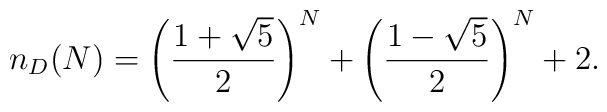
n_D(N)=\left(\frac{1+\sqrt 5}{2}\right)^N +\left(\frac{1-\sqrt 5}{2}\right)^N+2.